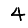
Digit: 4